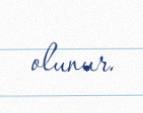
olunur.